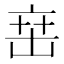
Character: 𬽍